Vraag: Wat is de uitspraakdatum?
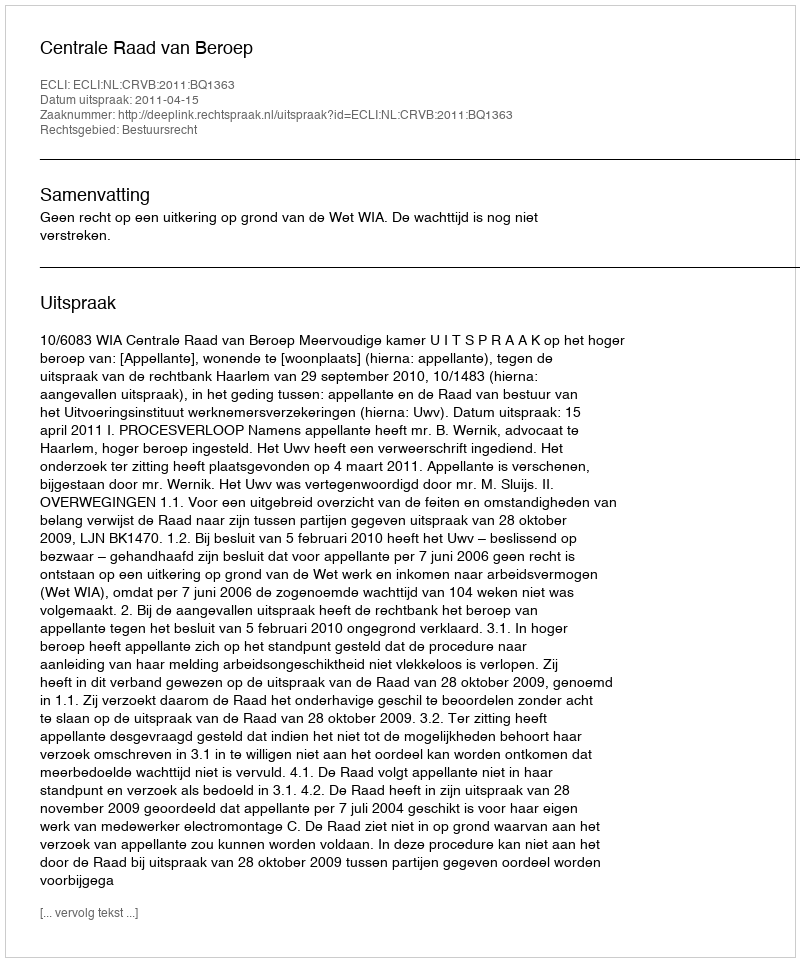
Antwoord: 2011-04-15